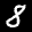
Label: 8